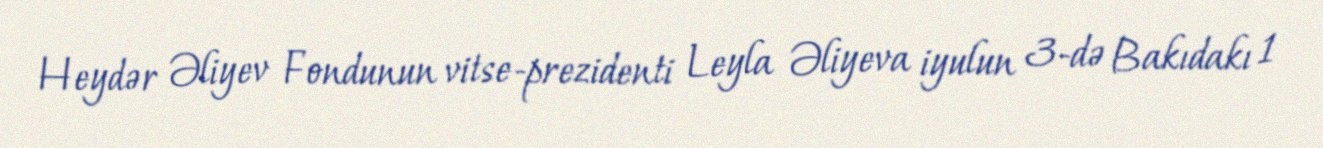
Heydər Əliyev Fondunun vitse-prezidenti Leyla Əliyeva iyulun 3-də Bakıdakı 1